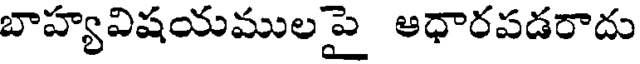
బాహ్యవిషయములపై ఆధారపడరాదు